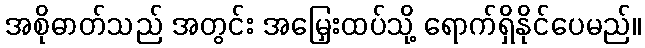
အစိုဓာတ်သည် အတွင်း အမြှေးထပ်သို့ ရောက်ရှိနိုင်ပေမည်။